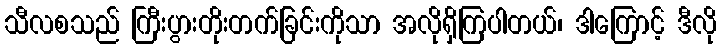
သီလစသည် ကြီးပွားတိုးတက်ခြင်းကိုသာ အလိုရှိကြပါတယ်၊ ဒါကြောင့် ဒီလို